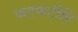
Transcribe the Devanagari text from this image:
फटफटीहि